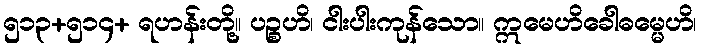
၅၁၃+၅၁၄+ ရဟန်းတို့။ ပဉ္စဟိ၊ ငါးပါးကုန်သော။ ဣမေဟိခေါဓမ္မေဟိ၊